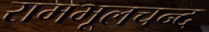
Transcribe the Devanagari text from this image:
रामभूलचन्द